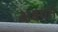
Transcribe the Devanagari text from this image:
अक्ष्यते